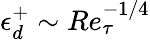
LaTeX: \epsilon_{d}^{+}\sim Re_{\tau}^{-1/4}